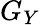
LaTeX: G_{Y}